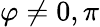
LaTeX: \varphi\neq 0,\pi